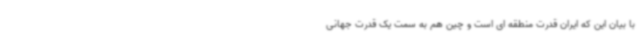
با بیان این که ایران قدرت منطقه ای است و چین هم به سمت یک قدرت جهانی